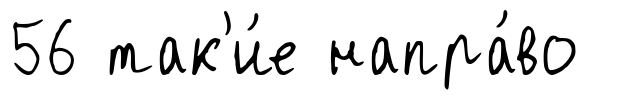
56 так'и́е напра́во